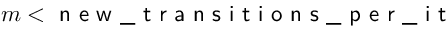
m < \textsf { n e w \_ t r a n s i t i o n s \_ p e r \_ i t }